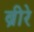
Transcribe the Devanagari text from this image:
ब्रीरे